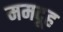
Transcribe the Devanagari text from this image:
ममदूह